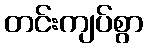
တင်းကျပ်စွာ